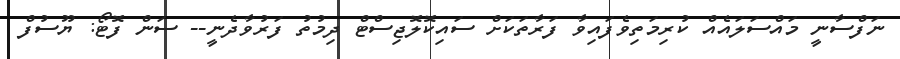
ނަފްސާނީ މައްސަލައެއް ކުރިމަތިވެފައިވާ ފަރާތަކަށް ސައިކޮލޮޖިސްޓް ދިމުތު ފަރުވާދެނީ-- ސަން ފޮޓޯ: ޔޫސުފް